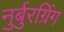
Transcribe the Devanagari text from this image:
नुर्बुरग्रिंग